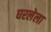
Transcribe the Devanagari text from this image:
घरलेला